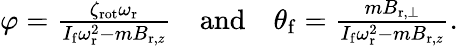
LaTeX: \begin{array}{r}{\varphi=\frac{\zeta_{\mathrm{rot}}\omega_{\mathrm{r}}}{I_{\mathrm{f}}\omega_{\mathrm{r}}^{2}-mB_{\mathrm{r},z}}\quad\mathrm{and}\quad\theta_{\mathrm{f}}=\frac{mB_{\mathrm{r},\perp}}{I_{\mathrm{f}}\omega_{\mathrm{r}}^{2}-mB_{\mathrm{r},z}}.}\end{array}